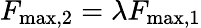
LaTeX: F_{\mathrm{max},2}=\lambda F_{\mathrm{max},1}